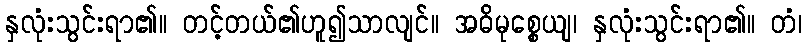
နှလုံးသွင်းရာ၏။ တင့်တယ်၏ဟူ၍သာလျင်။ အဓိမုစ္စေယျ၊ နှလုံးသွင်းရာ၏။ တံ၊